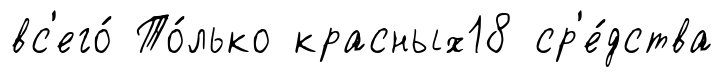
вс'его́ То́лько красных18 ср'е́дства